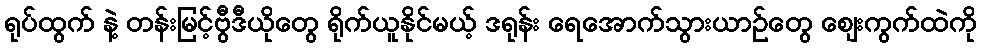
ရုပ်ထွက် နဲ့ တန်းမြင့်ဗွီဒီယိုတွေ ရိုက်ယူနိုင်မယ့် ဒရုန်း ရေအောက်သွားယာဉ်တွေ ဈေးကွက်ထဲကို